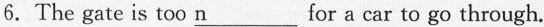
6.The gate is too \underline{n} for a car to go through.